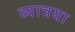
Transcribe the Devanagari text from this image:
व्यात्रया